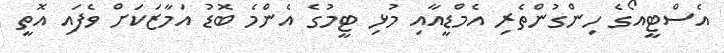
އެސްޓީއޯގެ ހިންގުންތެރި އެމްޑީއާއި މުޅި ޓީމުގެ އެންމެ ބޮޑު އަމާޒަކަށް ވެފައި އޮތީ